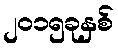
၂၀၁၅ခုနှစ်